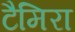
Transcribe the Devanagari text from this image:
टैमिरा